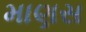
માણસ